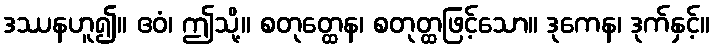
ဒဿနဟူ၍။ ဧဝံ၊ ဤသို့။ စတုတ္ထေန၊ စတုတ္ထဖြင့်သော။ ဒုကေန၊ ဒုက်နှင့်။